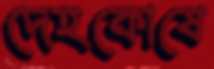
দেহকোষে